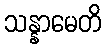
သန္နာမေတိ